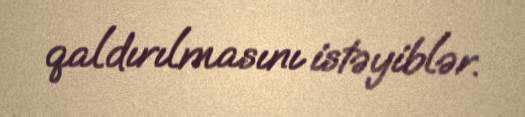
qaldırılmasını istəyiblər.